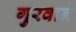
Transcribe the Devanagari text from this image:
गुरवाने